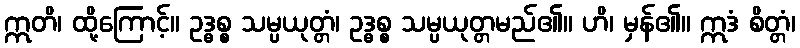
ဣတိ၊ ထို့ကြောင့်။ ဥဒ္ဓစ္စ သမ္ပယုတ္တံ၊ ဥဒ္ဓစ္စ သမ္ပယုတ္တမည်၏။ ဟိ၊ မှန်၏။ ဣဒံ စိတ္တံ၊